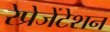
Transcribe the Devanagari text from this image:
रेप्रेजेंटेशन